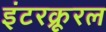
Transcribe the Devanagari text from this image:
इंटरक्रूरल